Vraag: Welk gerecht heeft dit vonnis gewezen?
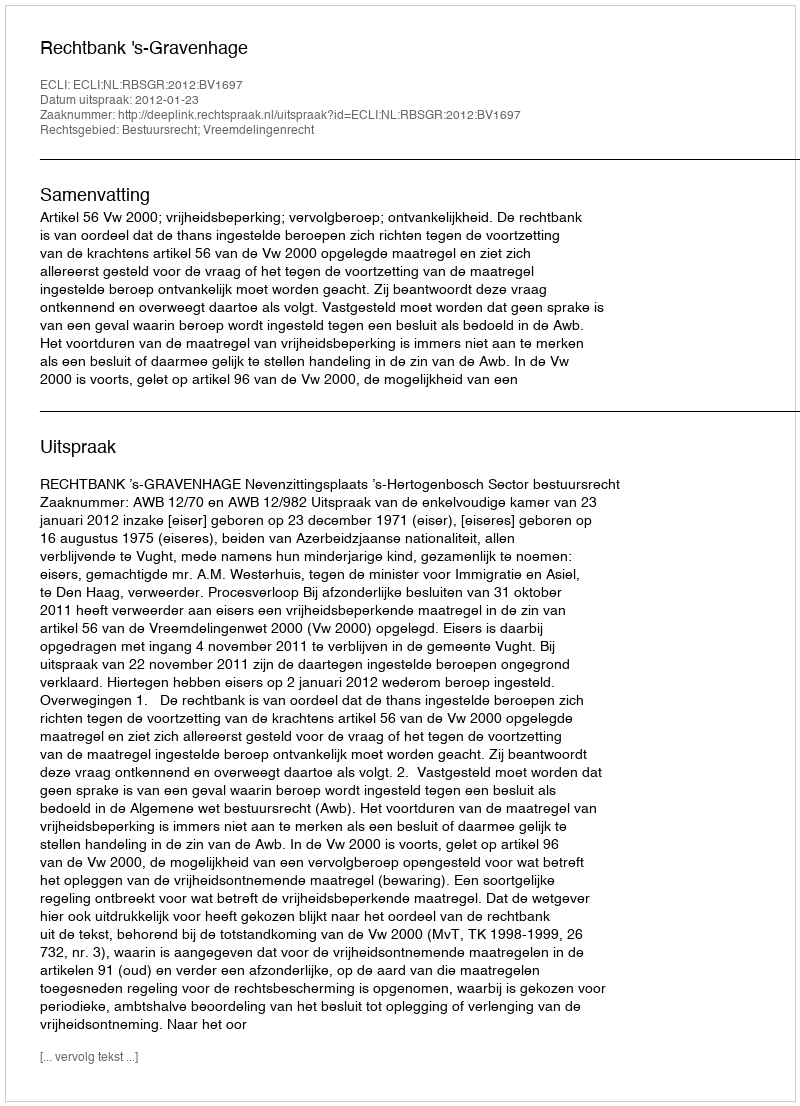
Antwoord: Rechtbank 's-Gravenhage